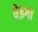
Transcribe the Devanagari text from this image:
वेइगा